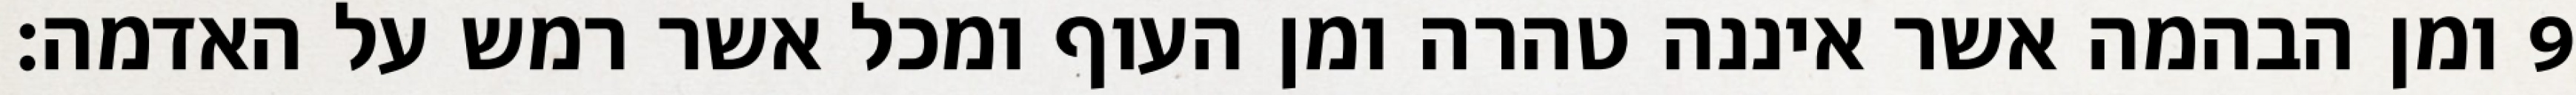
ומן הבהמה אשר איננה טהרה ומן העוף ומכל אשר רמש על האדמה׃ ‎9‏